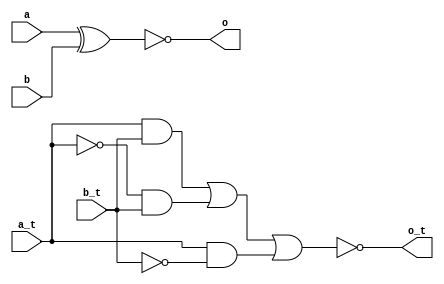
module glfit_xnor (input a, input b, input a_t, input b_t, output o, output o_t);
  
  wire an_t, bn_t, an, bn;
  
  wire i1, i6, i7, i8;
  
  
  not not1 (an_t, a_t);
  
  not not2 (bn_t, b_t);
    
  
  and and1 (i1, a_t, b_t);
  
  
  // XNOR GATE 
  and and6 (i6, an_t, b_t);
  
  
  and and7 (i7, a_t, bn_t);
  
  or or3 (i8, i1, i6, i7);
  
  not not3 (o_t, i8);
  
  //REGULAR XNOR
  
  xnor xnor1 (o, a, b);
  
  
endmodule